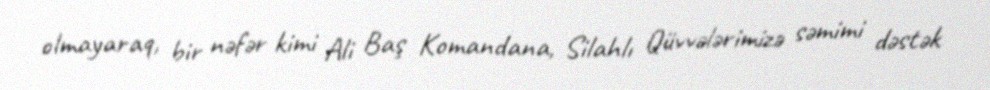
olmayaraq, bir nəfər kimi Ali Baş Komandana, Silahlı Qüvvələrimizə səmimi dəstək